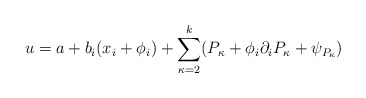
\begin{align*}u=a + b_i (x_i+\phi_i) +\sum_{\kappa=2}^k (P_\kappa+\phi_i \partial_iP_\kappa+\psi_{P_\kappa})\end{align*}